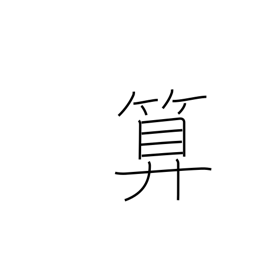
Meaning: abacus